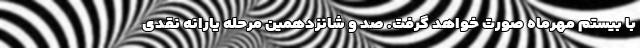
با بیستم مهرماه صورت خواهد گرفت. صد و شانزدهمین مرحله یارانه نقدی